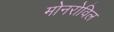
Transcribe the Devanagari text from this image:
मोनरोविल